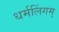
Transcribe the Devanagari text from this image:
धर्मलिंगम्